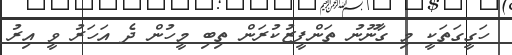
ހަގީގަތަކީ މި ގާނޫނު ތަންފީޒުކުރަން ތިބި މީހުން ދެ އަހަރު ވީ އިރު